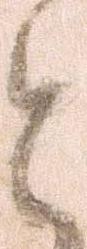
と